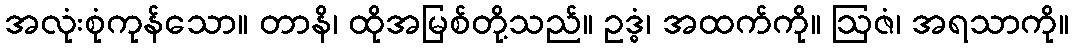
အလုံးစုံကုန်သော။ တာနိ၊ ထိုအမြစ်တို့သည်။ ဥဒ္ဓံ၊ အထက်ကို။ ဩဇံ၊ အရသာကို။